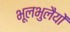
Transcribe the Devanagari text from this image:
भूलभुलैयों